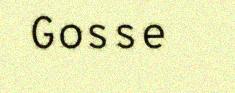
Gosse